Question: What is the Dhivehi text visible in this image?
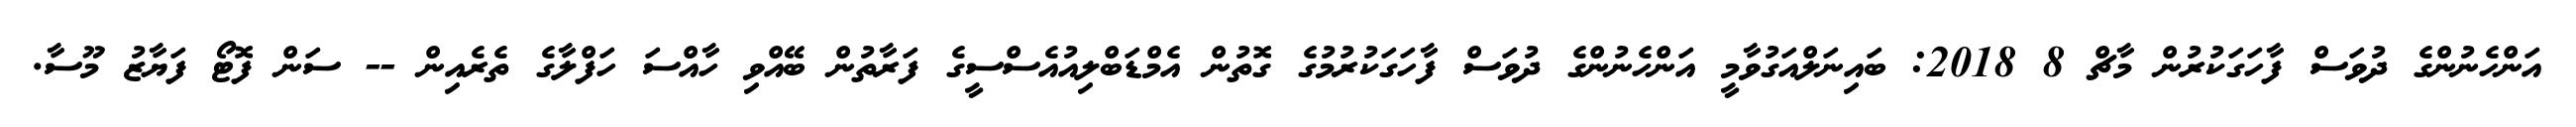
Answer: އަންހެނުންގެ ދުވަސް ފާހަގަކުރުން މާޗް 8 2018: ބައިނަލްއަގުވާމީ އަންހެނުންގެ ދުވަސް ފާހަގަކުރުމުގެ ގޮތުން އެމްޑަބްލިއުއެސްސީގެ ފަރާތުން ބޭއްވި ހާއްސަ ހަފްލާގެ ތެރެއިން -- ސަން ފޮޓޯ ފަޔާޒު މޫސާ.